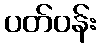
ပတ်ဝန်း